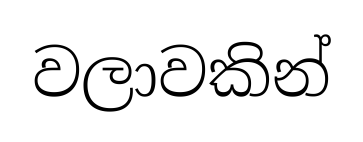
වලාවකින්